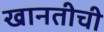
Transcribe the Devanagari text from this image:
खानतीची